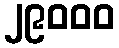
၂၉၀၀၀